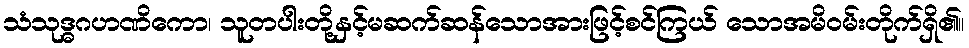
သံသုဒ္ဓဂဟဏိကော၊ သူတပါးတို့နှင့်မဆက်ဆန်သောအားဖြင့်စင်ကြယ် သောအမိဝမ်းတိုက်ရှိ၏။